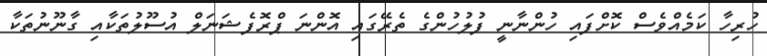
ހުރިހާ ކަމެއްވެސް ކޮށްފައި ހުންނާނީ ފުލުހުންގެ ތެރޭގައި އޮންނަ ޕްރޮފެޝަނަލް އުސޫލުތަކާއި ގާނޫނުތަކާ